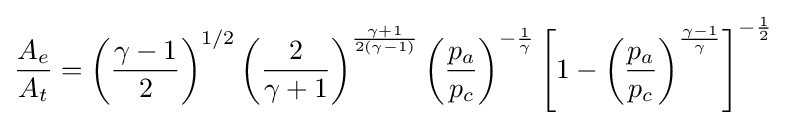
{\frac {A_{e}}{A_{t}}}=\left({\frac {\gamma -1}{2}}\right)^{1/2}\left({\frac {2}{\gamma +1}}\right)^{\frac {\gamma +1}{2(\gamma -1)}}\left({\frac {p_{a}}{p_{c}}}\right)^{-{\frac {1}{\gamma }}}\left[1-\left({\frac {p_{a}}{p_{c}}}\right)^{\frac {\gamma -1}{\gamma }}\right]^{-{\frac {1}{2}}}